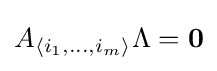
A_{\langle i_{1},\dots ,i_{m}\rangle }\Lambda =\mathbf {0}